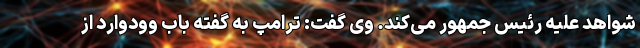
شواهد علیه رئیس جمهور می‌کند. وی گفت: ترامپ به گفته باب وودوارد از